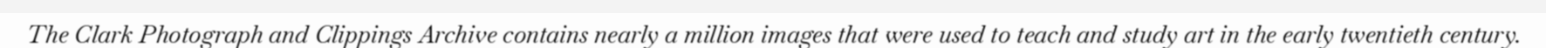
The Clark Photograph and Clippings Archive contains nearly a million images that were used to teach and study art in the early twentieth century.